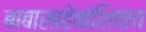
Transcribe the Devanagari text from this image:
बाबासाहेबांशिवाय